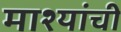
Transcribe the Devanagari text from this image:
माश्यांची